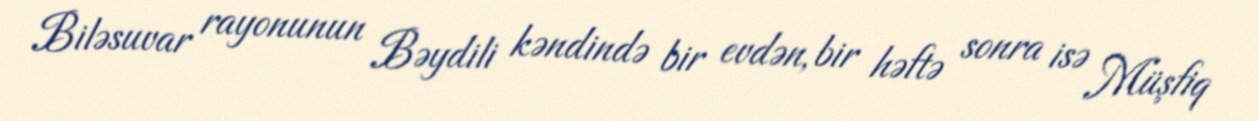
Biləsuvar rayonunun Bəydili kəndində bir evdən, bir həftə sonra isə Müşfiq